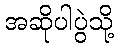
အဆိုပါပွဲသို့